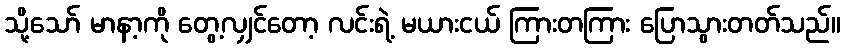
သို့သော် မာနာ့ကို တွေ့လျှင်တော့ လင်းရဲ့ မယားငယ် ကြားတကြား ပြောသွားတတ်သည်။